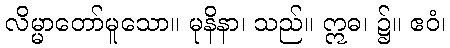
လိမ္မာတော်မူသော။ မုနိနာ၊ သည်။ ဣဓ၊ ၌။ ဧဝံ၊